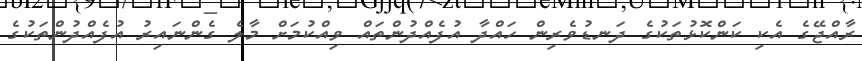
ރާއްޖޭގެ އެކި ކަންކޮޅުތަކުގެ ދަނޑުވެރިން ހައްދާ އުފެއްދުންތައް ވިއްކުމަށް މާލެ ގެންނައިރު އުފެއްދުންތަކުގެ